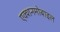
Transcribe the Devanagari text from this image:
एक्शनमोबाइल